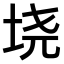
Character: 𫭪